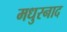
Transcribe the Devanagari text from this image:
मधुरनाद